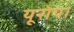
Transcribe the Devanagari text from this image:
यूरोप।